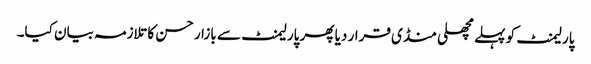
پارلیمنٹ کو پہلے مچھلی منڈی قرار دیا پھر پارلیمنٹ سے بازار حسن کا تلازمہ بیان کیا۔